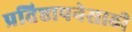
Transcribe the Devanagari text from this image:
प्रतिष्ठापनेसाठी